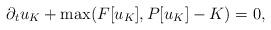
LaTeX: \begin{align*} \partial_{t}u_{ K}+\max(F[u_{ K}], P[ u_{ K}]- K)=0,\end{align*}